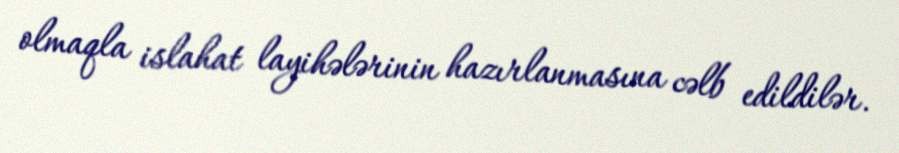
olmaqla islahat layihələrinin hazırlanmasına cəlb edildilər.